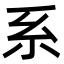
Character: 系